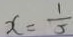
x = \frac { 1 } { 5 }